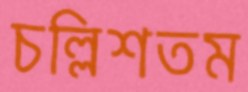
চল্লিশতম